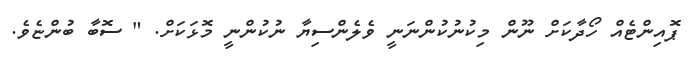
ޕޮއިންޓެއް ހޯދާކަށް ނޫން މިކުނުކުންނަނީ ވެލެންސިޔާ ނުކުންނީ މޮޅަކަށް. " ސޮބާ ބުންޏެވެ.